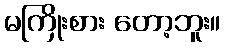
မကြိုးစား တော့ဘူး။